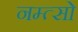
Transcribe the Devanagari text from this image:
नम्त्सो